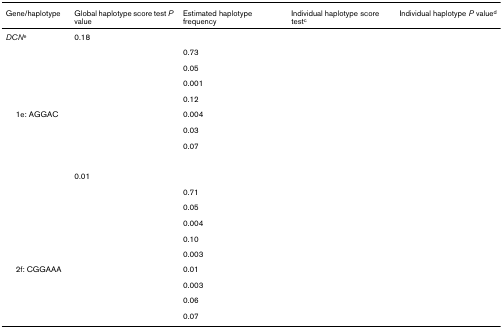
<table><thead><tr><td><b>Gene/haplotype</b></td><td><b>Global haplotype score test <i>P </i>value</b></td><td><b>Estimated haplotype frequency</b></td><td><b>Individual haplotype score test<sup>c</sup></b></td><td><b>Individual haplotype <i>P </i>value<sup>d</sup></b></td></tr></thead><tbody><tr><td><i>DCN</i><sup>e</sup></td><td>0.18</td><td>[EMPTY_CELL]</td><td>[EMPTY_CELL]</td><td>[EMPTY_CELL]</td></tr><tr><td>[EMPTY_CELL]</td><td>[EMPTY_CELL]</td><td>0.73</td><td>[EMPTY_CELL]</td><td>[EMPTY_CELL]</td></tr><tr><td>[EMPTY_CELL]</td><td>[EMPTY_CELL]</td><td>0.05</td><td>[EMPTY_CELL]</td><td>[EMPTY_CELL]</td></tr><tr><td>[EMPTY_CELL]</td><td>[EMPTY_CELL]</td><td>0.001</td><td>[EMPTY_CELL]</td><td>[EMPTY_CELL]</td></tr><tr><td>[EMPTY_CELL]</td><td>[EMPTY_CELL]</td><td>0.12</td><td>[EMPTY_CELL]</td><td>[EMPTY_CELL]</td></tr><tr><td> 1e: AGGAC</td><td>[EMPTY_CELL]</td><td>0.004</td><td>[EMPTY_CELL]</td><td>[EMPTY_CELL]</td></tr><tr><td>[EMPTY_CELL]</td><td>[EMPTY_CELL]</td><td>0.03</td><td>[EMPTY_CELL]</td><td>[EMPTY_CELL]</td></tr><tr><td>[EMPTY_CELL]</td><td>[EMPTY_CELL]</td><td>0.07</td><td>[EMPTY_CELL]</td><td>[EMPTY_CELL]</td></tr><tr><td>[EMPTY_CELL]</td><td>0.01</td><td>[EMPTY_CELL]</td><td>[EMPTY_CELL]</td><td>[EMPTY_CELL]</td></tr><tr><td>[EMPTY_CELL]</td><td>[EMPTY_CELL]</td><td>0.71</td><td>[EMPTY_CELL]</td><td>[EMPTY_CELL]</td></tr><tr><td>[EMPTY_CELL]</td><td>[EMPTY_CELL]</td><td>0.05</td><td>[EMPTY_CELL]</td><td>[EMPTY_CELL]</td></tr><tr><td>[EMPTY_CELL]</td><td>[EMPTY_CELL]</td><td>0.004</td><td>[EMPTY_CELL]</td><td>[EMPTY_CELL]</td></tr><tr><td>[EMPTY_CELL]</td><td>[EMPTY_CELL]</td><td>0.10</td><td>[EMPTY_CELL]</td><td>[EMPTY_CELL]</td></tr><tr><td>[EMPTY_CELL]</td><td>[EMPTY_CELL]</td><td>0.003</td><td>[EMPTY_CELL]</td><td>[EMPTY_CELL]</td></tr><tr><td> 2f: CGGAAA</td><td>[EMPTY_CELL]</td><td>0.01</td><td>[EMPTY_CELL]</td><td>[EMPTY_CELL]</td></tr><tr><td>[EMPTY_CELL]</td><td>[EMPTY_CELL]</td><td>0.003</td><td>[EMPTY_CELL]</td><td>[EMPTY_CELL]</td></tr><tr><td>[EMPTY_CELL]</td><td>[EMPTY_CELL]</td><td>0.06</td><td>[EMPTY_CELL]</td><td>[EMPTY_CELL]</td></tr><tr><td>[EMPTY_CELL]</td><td>[EMPTY_CELL]</td><td>0.07</td><td>[EMPTY_CELL]</td><td>[EMPTY_CELL]</td></tr></tbody></table>